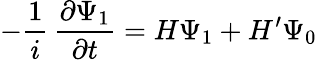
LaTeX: -{\frac{1}{i}}\, {\frac{\partial\Psi_{1}}{\partial t}}=H\Psi_{1}+H^{\prime}\Psi_{0}